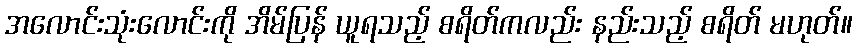
အလောင်းသုံးလောင်းကို အိမ်ပြန် ယူရသည့် စရိတ်ကလည်း နည်းသည့် စရိတ် မဟုတ်။